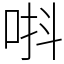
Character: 唞